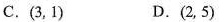
C.(3，1) D.(2，5)